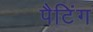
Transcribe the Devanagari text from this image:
पैटिंग